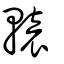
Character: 轅